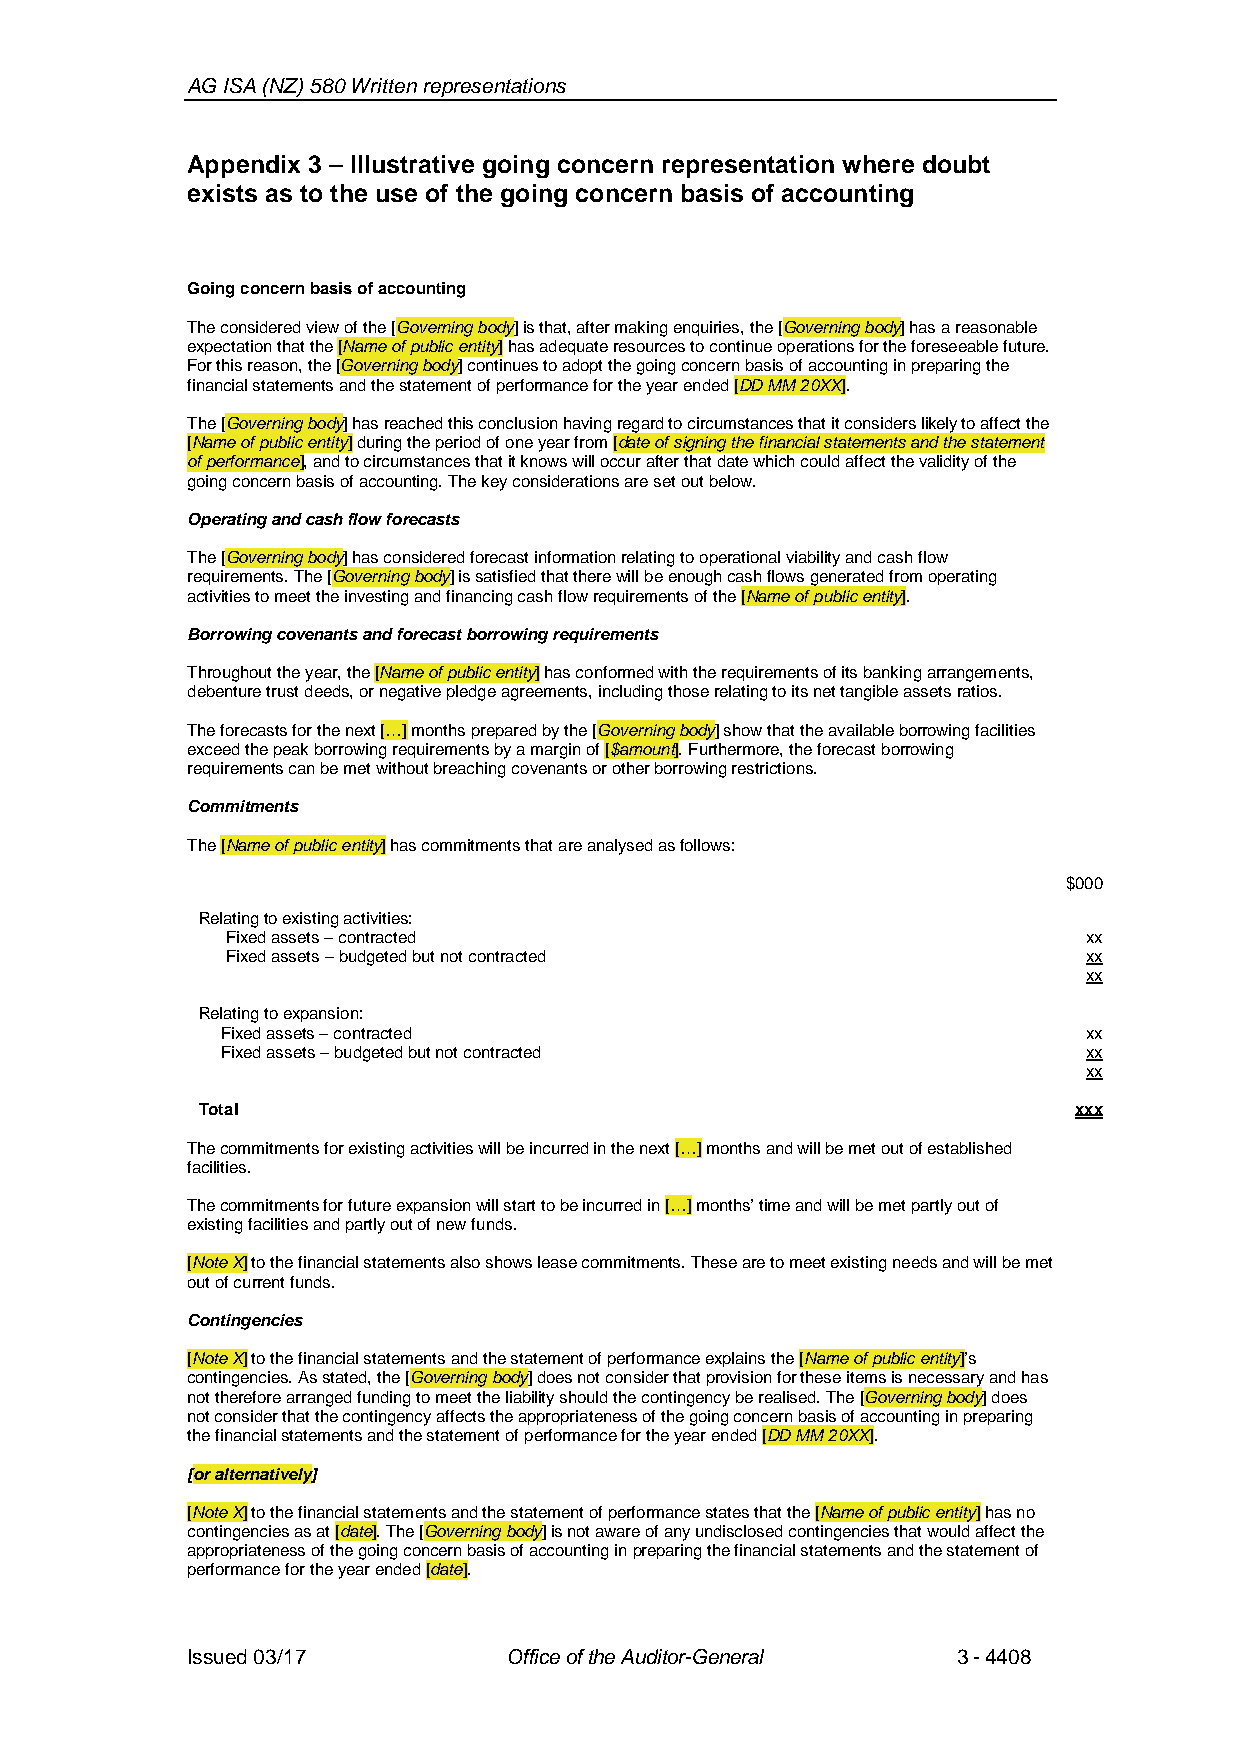
AG ISA (NZ) 580 Written representations
 Appendix 3 – Illustrative going concern representation where doubt
 exists as to the use of the going concern basis of accounting
 Going concernbasis of accounting
 The considered view of the [Governing body]is that, after making enquiries, the [Governing body]has a reasonable
 expectation that the [Name of public entity]has adequate resources to continue operations for the foreseeable future.
 For this reason, the [Governing body]continues to adopt the going concern basis of accountingin preparing the
 financial statements and the statement of performancefor the year ended [DD MM 20XX].
 The [Governing body]has reachedthis conclusion having regard to circumstances that it considers likely to affect the
 [Name of public entity]during the period of one year from [date of signing the financial statementsand the statement
 of performance], and to circumstances that it knows will occur after that date which could affect the validity of the
 going concern basis of accounting. The key considerations are set out below.
 Operating and cash flow forecasts
 The [Governing body]has considered forecast information relating to operational viability and cash flow
 requirements. The [Governing body]is satisfied that there will be enough cash flows generated from operating
 activities to meet the investing and financing cash flow requirements of the [Name of public entity].
 Borrowing covenants and forecast borrowing requirements
 Throughout the year, the [Name of public entity]has conformed with the requirements of its banking arrangements,
 debenture trust deeds, or negative pledge agreements, including those relating to its net tangibleassets ratios.
 The forecasts for the next […]months prepared by the [Governing body]show that the available borrowing facilities
 exceed the peak borrowing requirements by a margin of [$amount]. Furthermore, the forecast borrowing
 requirements can be met without breaching covenants or other borrowing restrictions.
 Commitments
 The [Name of public entity]has commitments that are analysed as follows:
 $000
 Relating to existing activities:
 Fixed assets –contracted                                 xx
 Fixed assets –budgeted but not contracted                xx
 xx
 Relating to expansion:
 Fixed assets –contracted                                 xx
 Fixed assets –budgeted but not contracted                xx
 xx
 Total                                                     xxx
 The commitments for existing activities will be incurred in the next […]months and willbe met out of established
 facilities.
 The commitments for future expansion will start to be incurred in […]months’ time and will be met partly out of
 existing facilities and partly out of new funds.
 [Note X]to the financial statements also shows leasecommitments. These are to meet existing needs and will be met
 out of current funds.
 Contingencies
 [Note X]to the financial statements and the statement of performance explains the [Name of public entity]’s
 contingencies. As stated, the [Governing body]does not consider that provision for these items is necessary and has
 not therefore arranged funding to meet the liability should the contingency be realised. The [Governing body]does
 not consider that the contingency affects the appropriateness of the going concern basis of accountingin preparing
 the financial statementsand the statement of performancefor the year ended [DD MM 20XX].
 [or alternatively]
 [Note X]to the financial statementsand the statement of performancestates that the [Name of public entity]has no
 contingencies as at [date]. The [Governing body]is not aware of any undisclosed contingencies that would affect the
 appropriateness of the going concern basis of accountingin preparing the financial statements and the statement of
 performance for the year ended [date].
 Issued 03/17         Office of the Auditor-General 3-4408